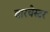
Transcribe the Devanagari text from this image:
बारचेस्टर